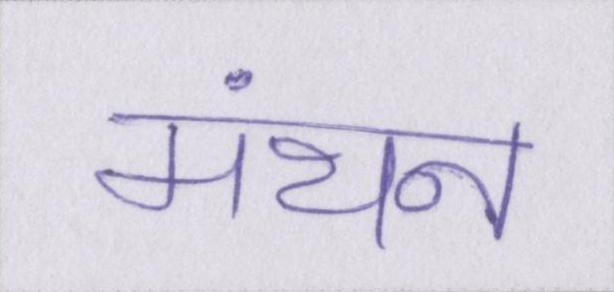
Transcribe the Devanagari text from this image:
मंथन